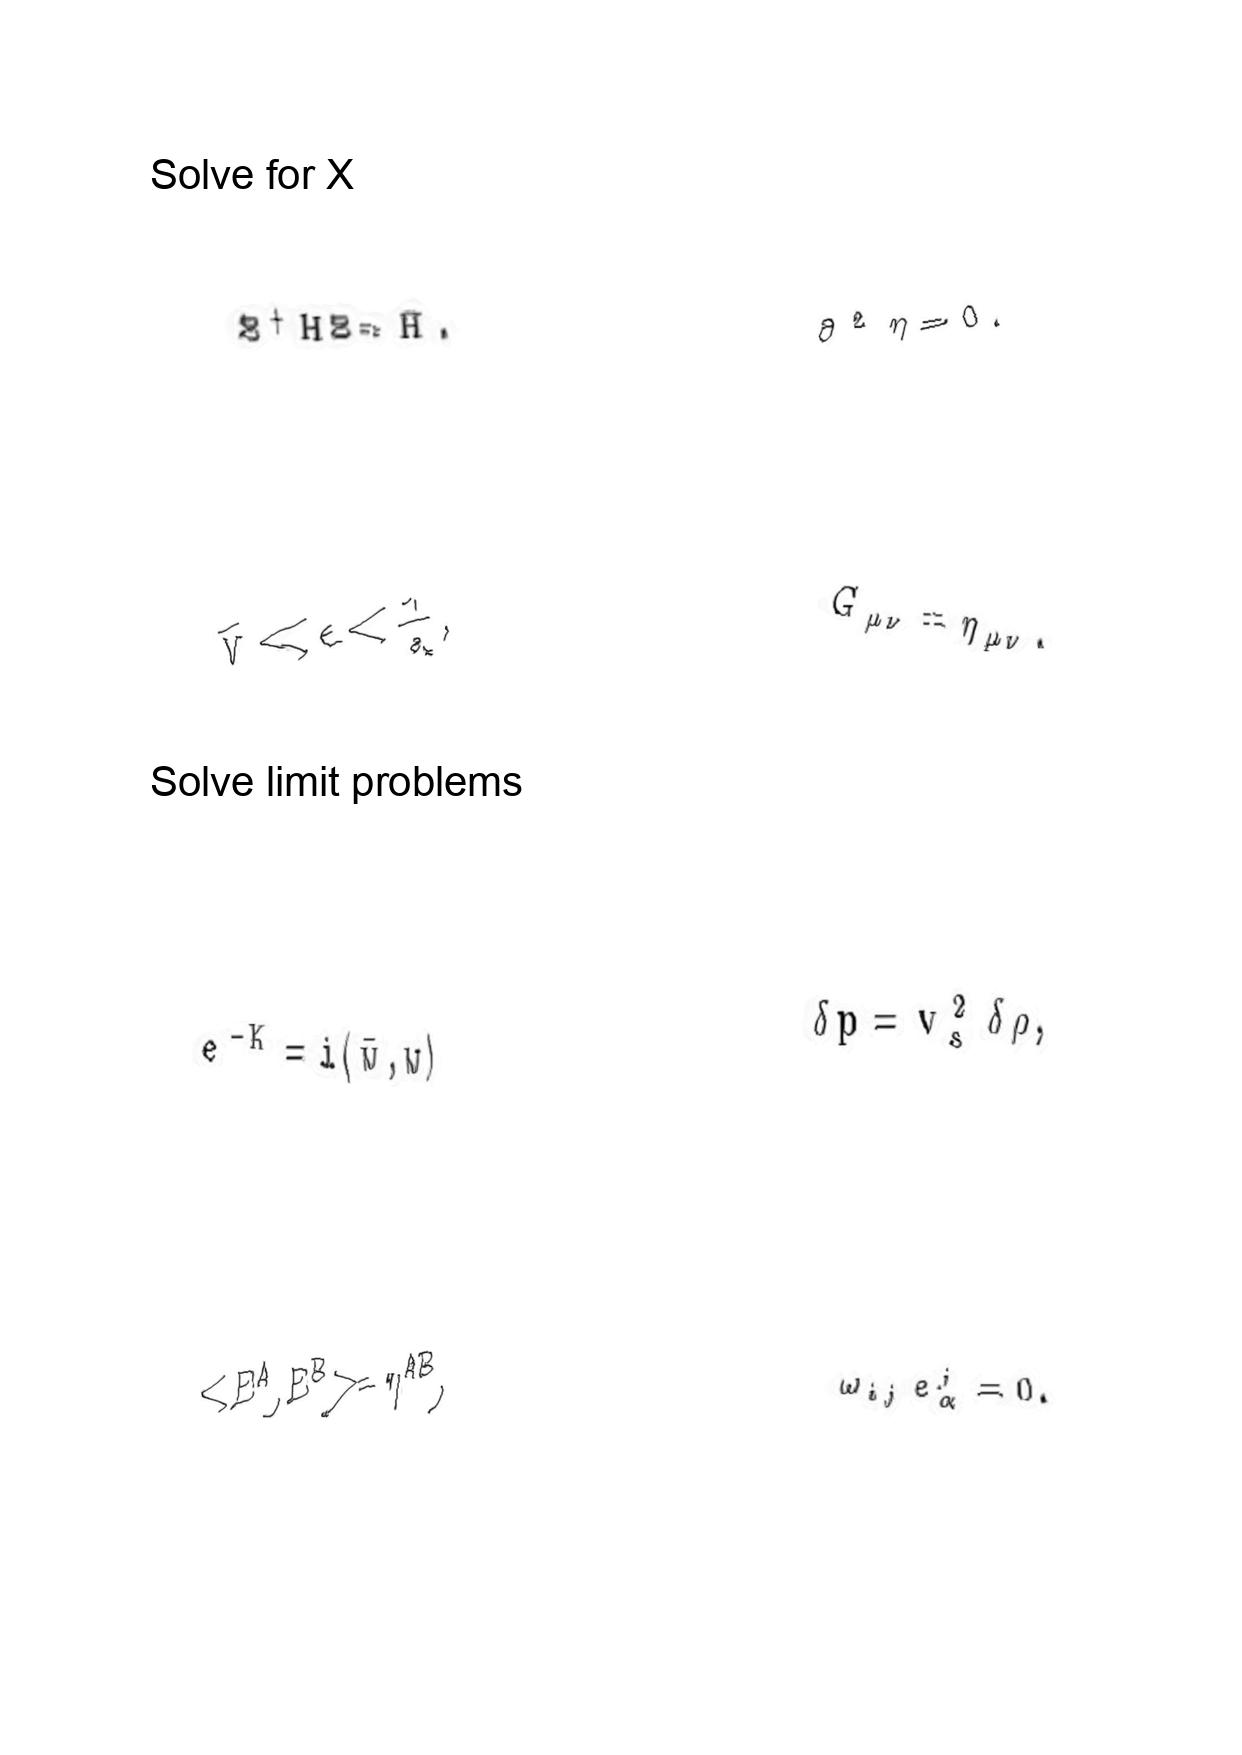
LaTeX transcription:
\Xi ^ { \dagger } H \Xi = \bar { H } .
\tilde { v } \ll \epsilon \lt \frac { 1 } { a } ,
e ^ { - K } = i \langle \bar { w } , w \rangle
\lt E ^ { A } , E ^ { B } \gt = \eta ^ { A B } ,
\partial ^ { 2 } \eta = 0 .
G _ { \mu \nu } = \eta _ { \mu \nu } .
\delta p = v _ { s } ^ { 2 } \delta \rho ,
\omega _ { i j } e ^ { j } _ { \alpha } = 0 .